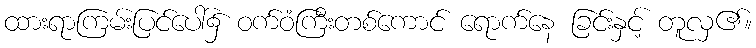
ထားရာကြမ်းပြင်ပေါ်၌ ဝက်ဝံကြီးတစ်ကောင် ရောက်နေ ခြင်းနှင့် တူလှ၏။